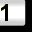
Digit: 1